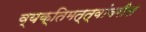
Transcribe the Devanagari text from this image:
व्यक्तिमत्त्वांवरील